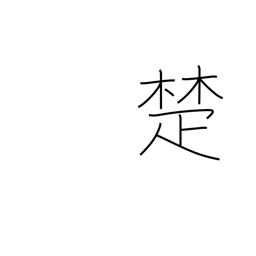
Meaning: cane